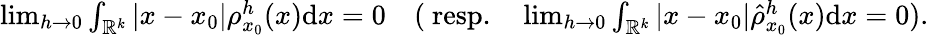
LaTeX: \begin{array}{r}{\operatorname*{lim}_{h\rightarrow 0}\int_{\mathbb{R}^{k}}|x-x_{0}|\rho_{x_{0}}^{h}(x)\mathrm{d}x=0\quad(\mathrm{\mathit~resp.}\quad\operatorname*{lim}_{h\rightarrow 0}\int_{\mathbb{R}^{k}}|x-x_{0}|\hat{\rho}_{x_{0}}^{h}(x)\mathrm{d}x=0).}\end{array}